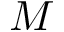
M